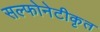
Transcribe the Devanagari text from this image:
सल्फोनेटीकृत